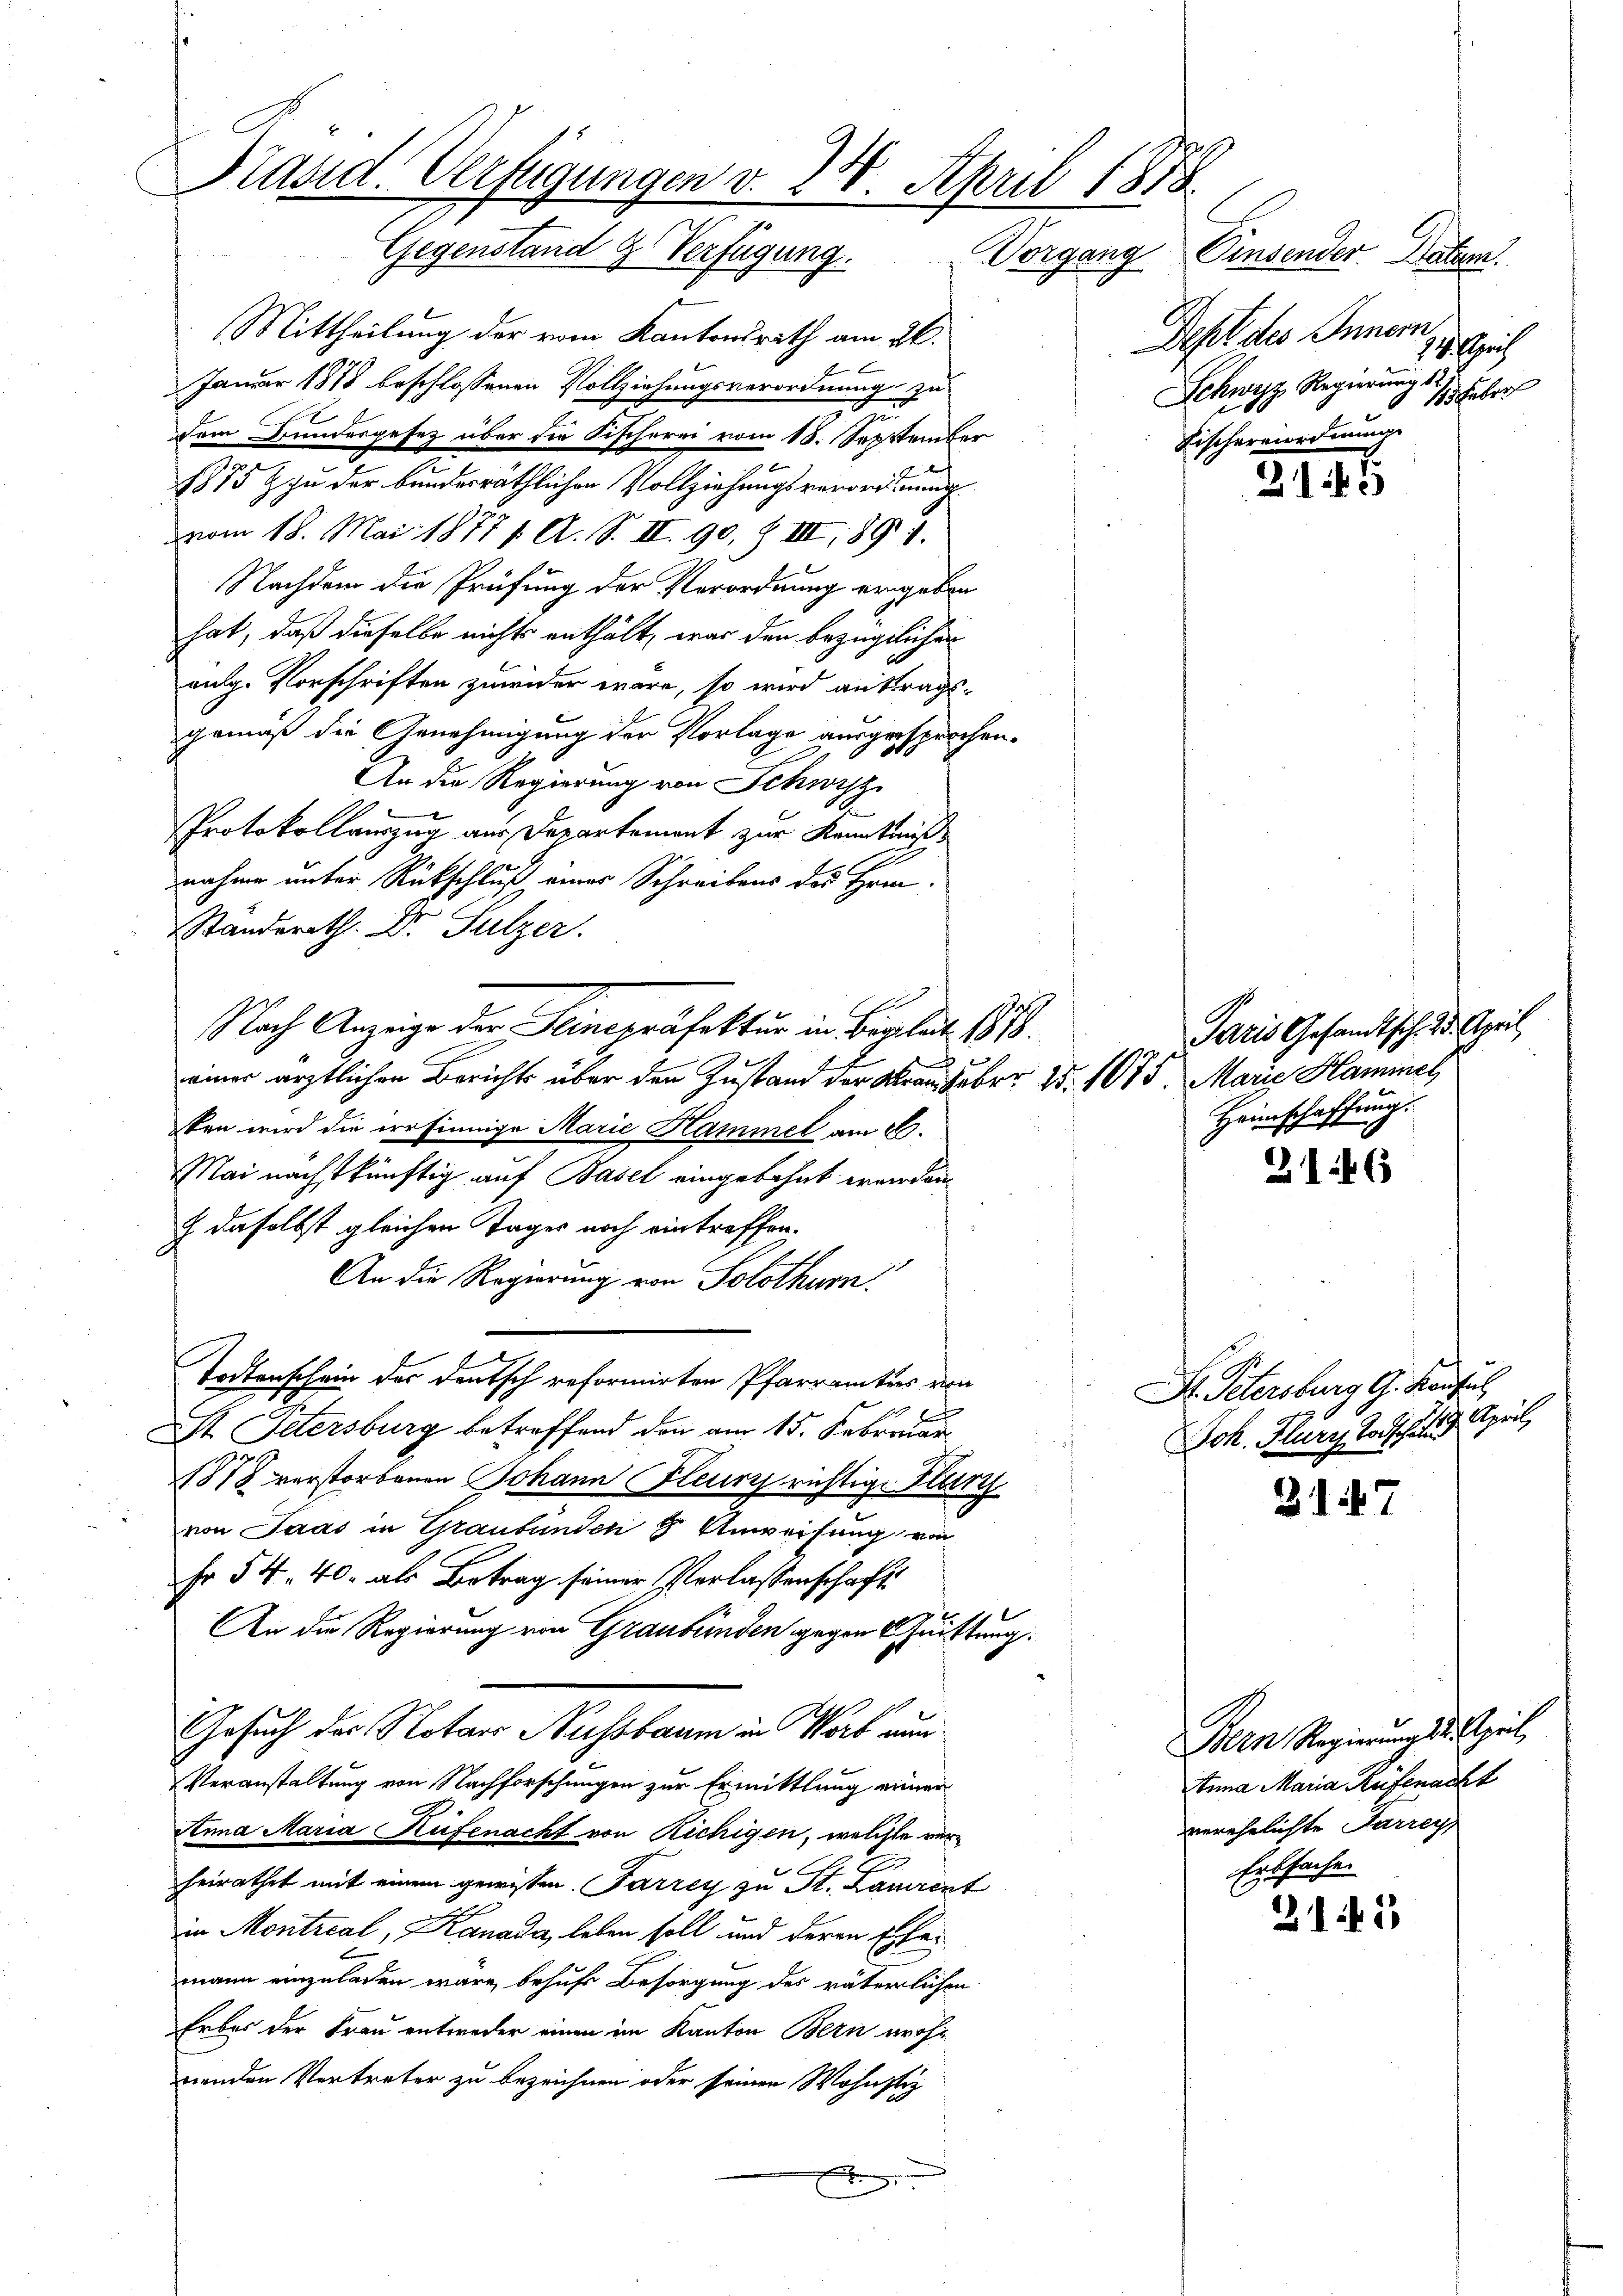
Präsid. Verfügungen v. 28. April 1878
Gegenstand & Verfügung. Vorgang Einsender Natur

Mittheilung der vom Kantonsrath am 26.
Januar 1878 beschlossenen Vollziehungsverordnung zu
dem Bundesgesez über die Fischerei vom 18. September
e
t
1875 & zu der bundesräthlichen Vollziehungsverort machvom 18. Mai 18771. A. S. II. 90, Z III, 1891.
Nachdem die Prüfung der Verordnung ergeben
hat, daß dieselbe nichts enthält, war den bezüglichen
aulg. Vorschriften zuwider wäre, so wird auftrags-
gemäß die Genehmigung der Vorlage ausgesprochen.
An die Regierung von Schwyz
Protokollauszug aus Departement zur Kenntniß
nahme unter Rückschluß einer Schreibens des Hrn.
Standerath Dr. Sulzer.
Nach Anzeige der Seinspräfektur in Brabat 1878.
einer ärztlichen Berichts über den Zustand der Krauheber 15. 1075. Marie Hammel
ten wird die irrsinnige Marie Hammel am 26.
Mai nächstkünftig auf Basel eingelehnt worden
J. daselbst gleichen Tages noch eintreffen.
An die Regierung von Solothurn.
Todtenschein des deutsch reformirten Pfarramtes von
 x
St. Petersburg betreffend den am 15. Februar
1878 verstorbenen Johann Fleur richtige Kurz
von Paas in Graubünden 8 Anweisung von
Fr 54. 40. als Betrag seiner Verlassenschaft
An die Regierung von Graubünden gegen Quittung.
Gesuch des Notaro Nussbaum in Wort nun
Veranstaltung von Nachforschungen zur Ermittlung einen
Anna Maria Hüfenacht von Richigen, welche vere
d
heirathet mit einem gewissen Parrey zu St. Laurent
in Montreal, Kanada, leben soll und deren Ehe
mann einzuladen wäre, behufs Besorgung des väterlichen
Erbes der Frau entweder einen im Kanton Bern wohn
nenden Vertreter zu bezeichnen oder seinen Wohnstiz

Deht des Innern
14. Apri
Schwyz Regierung 7 Feber
Fischermordnung.

215

Paris Gesamtsch. 2. April,
Heimschaffung.

2146

Dr. Petersburg G. Kaufel
Apert
Joh. Flury Todschaft

317

Bern Regierung der Spiel,
Atina Maria Rüfenacht
verehelichte Parrey
Erbsachen

211